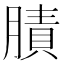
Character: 𦟜